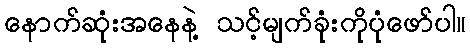
နောက်ဆုံးအနေနဲ့ သင့်မျက်ခုံးကိုပုံဖော်ပါ။